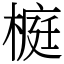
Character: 榳